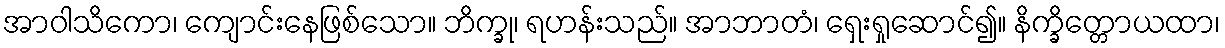
အာဝါသိကော၊ ကျောင်းနေဖြစ်သော။ ဘိက္ခု၊ ရဟန်းသည်။ အာဘာတံ၊ ရှေးရှုဆောင်၍။ နိက္ခိတ္တောယထာ၊